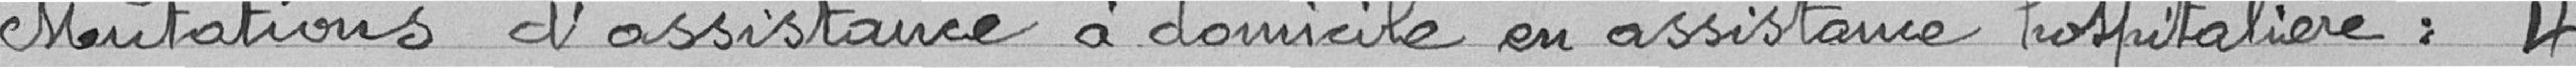
Mutations d'assistance à domicile en assistance hospitalière :                                                                        4